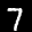
Label: 7